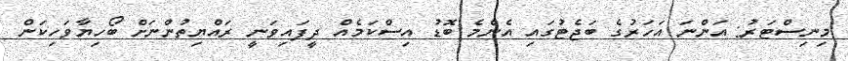
މިނިސްޓަރު: އަންނަ އަހަރުގެ ބަޖެޓުގައި އެންމެ ބޮޑު އިސްކަމެއް ދީފައިވަނީ ރައްޔިތުންނަށް ބޯހިޔާވަހިކަން